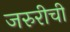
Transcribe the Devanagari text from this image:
जरुरीची